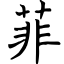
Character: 菲